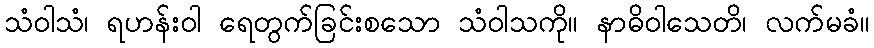
သံဝါသံ၊ ရဟန်းဝါ ရေတွက်ခြင်းစသော သံဝါသကို။ နာဓိဝါသေတိ၊ လက်မခံ။